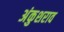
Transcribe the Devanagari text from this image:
अंकुशराव